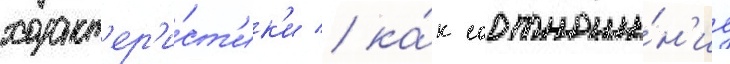
характ'ер'и́ст'ик'и / ка́к соотноше́н'ие